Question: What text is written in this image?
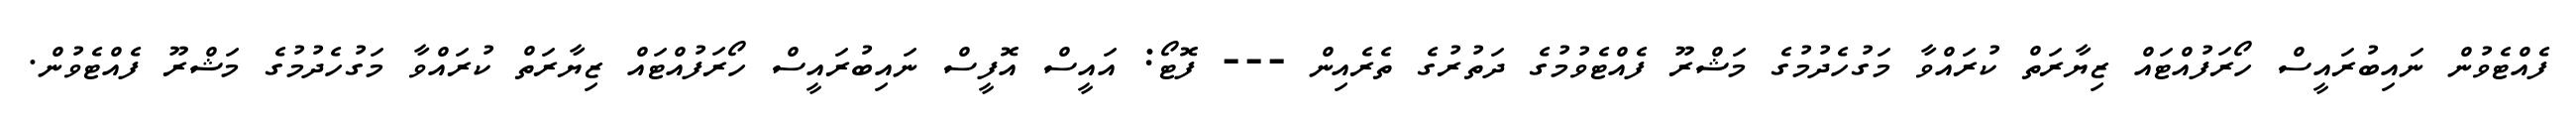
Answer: ފެއްޓެވުން ނައިބުރައީސް ހޯރަފުއްޓައް ޒިޔާރަތް ކުރައްވާ މަގުހެދުމުގެ މަޝްރޫ ފެއްޓެވުމުގެ ދަތުރުގެ ތެރެއިން --- ފޮޓޯ: އައީސް އޮފީސް ނައިބުރައީސް ހޯރަފުއްޓައް ޒިޔާރަތް ކުރައްވާ މަގުހެދުމުގެ މަޝްރޫ ފެއްޓެވުން.